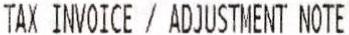
TAX INVOICE / ADJUSTMENT NOTE